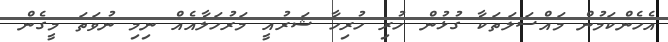
އެހެންކަމުން މައްސަލަތަކާ ގުޅުން ހުރި ހުރިހާ ޝަރުއީ މަރުހަލާއެއް ނިމި ނުވަތަ މީގެން